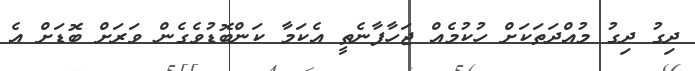
ދިގު ދިގު މުއްދަތަކަށް ހުކުމެއް ޖަހާފާނެތީ އެކަމާ ކަންބޮޑުވެގެން ވަރަށް ބޮޑަށް އެ